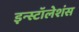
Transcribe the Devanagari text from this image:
इन्स्टॉलेशंस